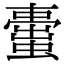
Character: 蟗